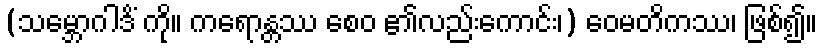
(သမ္ဘောဂါဒိံ ကို။ ကရောန္တဿ စေဝ ၏လည်းကောင်း၊) ဝေမတိကဿ၊ ဖြစ်၍။